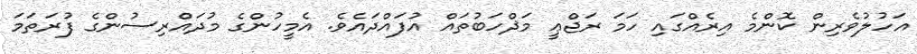
އަހުލުވެރިން ކޮންމެ އިރެއްގައި ހަމަ ރަޖްޢީ މަޛްހަބުތައް އުފައްދައެވެ. އެމީހުންގެ މުދައްރިސުންގެ ފުރަތަމަ